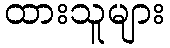
ထားသူများ